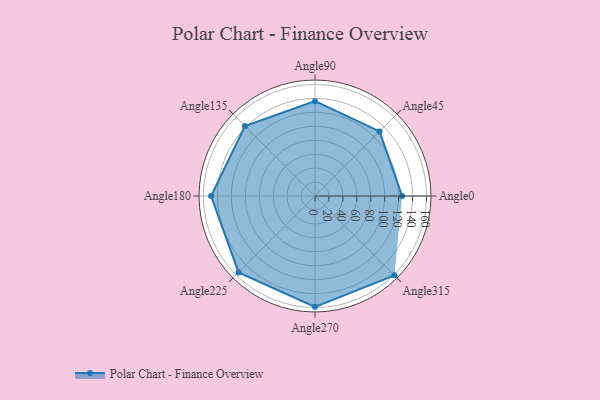
{"axis": {"x": "Angle", "y": "Radius"}, "legend": [""], "data": [{"x": "Angle0", "y": 125.0, "type": ""}, {"x": "Angle45", "y": 131.0, "type": ""}, {"x": "Angle90", "y": 136.0, "type": ""}, {"x": "Angle135", "y": 142.0, "type": ""}, {"x": "Angle180", "y": 149.0, "type": ""}, {"x": "Angle225", "y": 155.0, "type": ""}, {"x": "Angle270", "y": 159.0, "type": ""}, {"x": "Angle315", "y": 161.0, "type": ""}]}